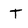
Character: T